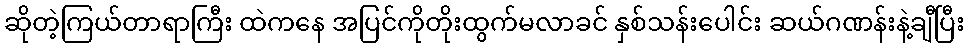
ဆိုတဲ့ကြယ်တာရာကြီး ထဲကနေ အပြင်ကိုတိုးထွက်မလာခင် နှစ်သန်းပေါင်း ဆယ်ဂဏန်းနဲ့ချီပြီး